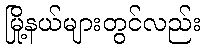
မြို့နယ်များတွင်လည်း